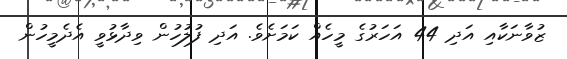
ޒުވާނަކާއި އަދި 44 އަހަރުގެ މީހެއް ކަމަށެވެ. އަދި ފުލުހުން ވިދާޅުވީ އެދެމީހުން